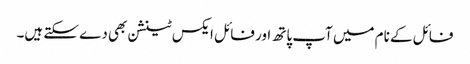
فائل کے نام میں آپ پاتھ اور فائل ایکس ٹینشن بھی دے سکتے ہیں۔